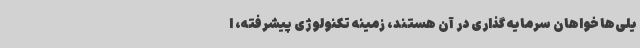
یلی‌ها خواهان سرمایه گذاری در آن هستند، زمینه تکنولوژی پیشرفته، ا